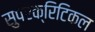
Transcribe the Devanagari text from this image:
सुपरक्रिटिकल